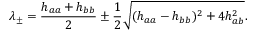
\lambda _ { \pm } = \frac { h _ { a a } + h _ { b b } } { 2 } \pm \frac { 1 } { 2 } \sqrt { ( h _ { a a } - h _ { b b } ) ^ { 2 } + 4 h _ { a b } ^ { 2 } } .